Report of the Indian Hemp Drugs Commission, 1894-1895 - Volume V
Year: 1894
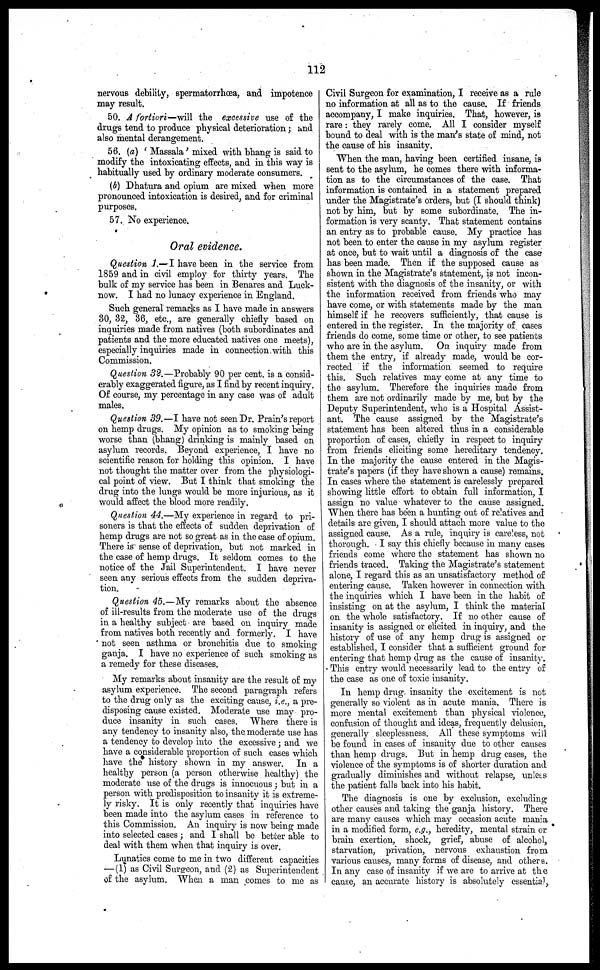
112
nervous debility, spermatorrhœa, and impotence
may result.
50. A fortiori—will the excessive use of the
drugs tend to produce physical deterioration; and
also mental derangement.
56. (a) ' Massala' mixed with bhang is said to
modify the intoxicating effects, and in this way is
habitually used by ordinary moderate consumers.
(b) Dhatura and opium are mixed when more
pronounced intoxication is desired, and for criminal
purposes.
57. No experience.
Oral evidence.
Question 1.—I have been in the service from
1859 and in civil employ for thirty years. The
bulk of my service has been in Benares and Luck-
now. I had no lunacy experience in England.
Such general remarks as I have made in answers
30, 32, 36, etc., are generally chiefly based on
inquiries made from natives (both subordinates and
patients and the more educated natives one meets),
especially inquiries made in connection with this
Commission.
Question 32.—Probably 90 per cent. is a consid-
erably exaggerated figure, as I find by recent inquiry.
Of course, my percentage in any case was of adult
males.
Question 39.—I have not seen Dr. Prain's report
on hemp drugs. My opinion as to smoking being
worse than (bhang) drinking is mainly based on
asylum records. Beyond experience, I have no
scientific reason for holding this opinion. I have
not thought the matter over from the physiologi-
cal point of view. But I think that smoking the
drug into the lungs would be more injurious, as it
would affect the blood more readily.
Question 44.—My experience in regard to pri-
soners is that the effects of sudden deprivation of
hemp drugs are not so great as in the case of opium.
There is sense of deprivation, but not marked in
the case of hemp drugs. It seldom comes to the
notice of the Jail Superintendent. I have never
seen any serious effects from the sudden depriva-
tion.
Question 45.—My remarks about the absence
of ill-results from the moderate use of the drugs
in a healthy subject are based on inquiry made
from natives both recently and formerly. I have
not seen asthma or bronchitis due to smoking
ganja. I have no experience of such smoking as
a remedy for these diseases.
My remarks about insanity are the result of my
asylum experience. The second paragraph refers
to the drug only as the exciting cause, i.e., a pre-
disposing cause existed. Moderate use may pro-
duce insanity in such cases. Where there is
any tendency to insanity also, the moderate use has
a tendency to develop into the excessive ; and we
have a considerable proportion of such cases which
have the history shown in my answer. In a
healthy person (a person otherwise healthy) the
moderate use of the drugs is innocuous ; but in a
person with predisposition to insanity it is extreme-
ly risky. It is only recently that inquiries have
been made into the asylum cases in reference to
this Commission. An inquiry is now being made
into selected cases ; and I shall be better able to
deal with them when that inquiry is over.
Lunatics come to me in two different capacities
—(1) as Civil Surgeon, and (2) as Superintendent
of the asylum. When a man comes to me as
Civil Surgeon for examination, I receive as a rule
no information at all as to the cause. If friends
accompany, I make inquiries. That, however, is
rare: they rarely come. All I consider myself
bound to deal with is the man's state of mind, not
the cause of his insanity.
When the man, having been certified insane, is
sent to the asylum, he comes there with informa-
tion as to the circumstances of the case. That
information is contained in a statement prepared
under the Magistrate's orders, but (I should think)
not by him, but by some subordinate. The in-
formation is very scanty. That statement contains
an entry as to probable cause. My practice has
not been to enter the cause in my asylum register
at once, but to wait until a diagnosis of the case
has been made. Then if the supposed cause as
shown in the Magistrate's statement, is not incon-
sistent with the diagnosis of the insanity, or with
the information received from friends who may
have come, or with statements made by the man
himself if he recovers sufficiently, that cause is
entered in the register. In the majority of cases
friends do come, some time or other, to see patients
who are in the asylum. On inquiry made from
them the entry, if already made, would be cor-
rected if the information seemed to require
this. Such relatives may come at any time to
the asylum. Therefore the inquiries made from
them are not ordinarily made by me, but by the
Deputy Superintendent, who is a Hospital Assist-
ant. The cause assigned by the Magistrate's
statement has been altered thus in a considerable
proportion of cases, chiefly in respect to inquiry
from friends eliciting some hereditary tendency.
In the majority the cause entered in the Magis-
trate's papers (if they have shown a cause) remains.
In cases where the statement is carelessly prepared
showing little effort to obtain full information, I
assign no value whatever to the cause assigned.
When there has been a hunting out of relatives and
details are given, I should attach more value to the
assigned cause. As a rule, inquiry is careless, not
thorough. I say this chiefly because in many cases
friends come where the statement has shown no
friends traced. Taking the Magistrate's statement
alone, I regard this as an unsatisfactory method of
entering cause. Taken however in connection with
the inquiries which I have been in the habit of
insisting on at the asylum, I think the material
on the whole satisfactory. If no other cause of
insanity is assigned or elicited in inquiry, and the
history of use of any hemp drug is assigned or
established, I consider that a sufficient ground for
entering that hemp drug as the cause of insanity.
This entry would necessarily lead to the entry of
the case as one of toxic insanity.
In hemp drug insanity the excitement is not
generally so violent as in acute mania. There is
more mental excitement than physical violence,
confusion of thought and ideas, frequently delusion,
generally sleeplessness. All these symptoms will
be found in cases of insanity due to other causes
than hemp drugs. But in hemp drug cases, the
violence of the symptoms is of shorter duration and
gradually diminishes and without relapse, unless
the patient falls back into his habit.
The diagnosis is one by exclusion, excluding
other causes and taking the ganja history. There
are many causes which may occasion acute mania
in a modified form, e.g., heredity, mental strain or
brain exertion, shock, grief, abuse of alcohol,
starvation, privation, nervous exhaustion from
various causes, many forms of disease, and others.
In any case of insanity if we are to arrive at the
cause, an accurate history is absolutely essential,